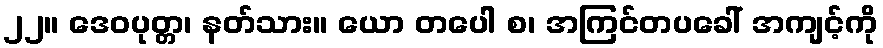
၂၂။ ဒေဝပုတ္တ၊ နတ်သား။ ယော တပေါ စ၊ အကြင်တပခေါ် အကျင့်ကို